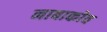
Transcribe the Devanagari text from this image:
नाबाकोव